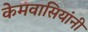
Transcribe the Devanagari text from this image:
केमवासियांनी